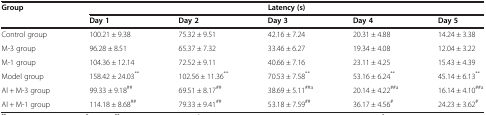
| <ROWSPAN=2> Group | <COLSPAN=5> Latency (s) |
 | Day 1 | Day 2 | Day 3 | Day 4 | Day 5 |
 | --- | --- | --- | --- | --- | --- |
 | Control group | 100.21 ± 9.38 | 75.32 ± 9.51 | 42.16 ± 7.24 | 20.31 ± 4.88 | 14.24 ± 3.38 |
 | M-3 group | 96.28 ± 8.51 | 65.37 ± 7.32 | 33.46 ± 6.27 | 19.34 ± 4.08 | 12.04 ± 3.22 |
 | M-1 group | 104.36 ± 12.14 | 72.52 ± 9.11 | 40.66 ± 7.16 | 23.11 ± 4.25 | 15.43 ± 4.39 |
 | Model group | 158.42 ± 24.03** | 102.56 ± 11.36** | 70.53 ± 7.58** | 53.16 ± 6.24** | 45.14 ± 6.13** |
 | Al + M-3 group | 99.33 ± 9.18## | 69.51 ± 8.17## | 38.69 ± 5.11##a | 20.14 ± 4.22##a | 16.14 ± 4.10##a |
 | Al + M-1 group | 114.18 ± 8.68## | 79.33 ± 9.41## | 53.18 ± 7.59## | 36.17 ± 4.56# | 24.23 ± 3.62# |